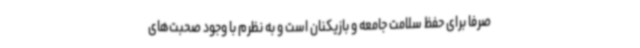
صرفا برای حفظ سلامت جامعه و بازیکنان است و به نظرم با وجود صحبت‌های